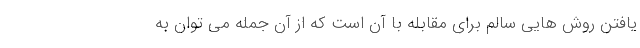
یافتن روش هایی سالم برای مقابله با آن است که از آن جمله می توان به